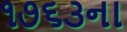
૧૭૬૩ના